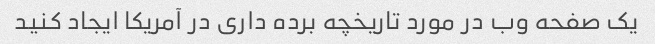
یک صفحه وب در مورد تاریخچه برده داری در آمریکا ایجاد کنید